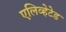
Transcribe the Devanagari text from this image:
एलिव्हेटेड